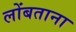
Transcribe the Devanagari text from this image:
लोंबताना